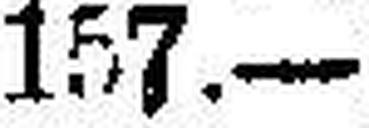
157.—